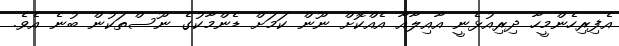
އެފިރިހެންމީހާ ދިރިއުޅެނީ އާއިލާއާ އެއްކޮށް ނޫން ކަމަށް ޑެންމާކުގެ ނޫސްތަކުން ބުނެ އެވެ.